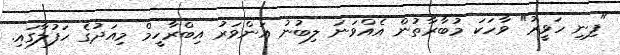
"ފިނި ހަވީރު" ވާހަކަ މުބާރާތުން އެއްވަނަ ލިބުނު އަންވަރު އިބްރާހީމް މިއަދުގެ ހަފުލާގައި.